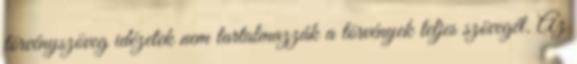
törvényszöveg idézetek nem tartalmazzák a törvények teljes szövegét. Az